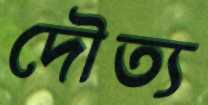
দৌত্য